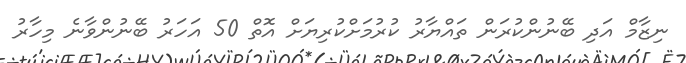
ނިޒާމް އަދި ބޭނުންކުރަން ތައްޔާރު ކުރުމަށްކުރިޔަށް އޮތް 50 އަހަރު ބޭނުންވާނެ މިހާރު